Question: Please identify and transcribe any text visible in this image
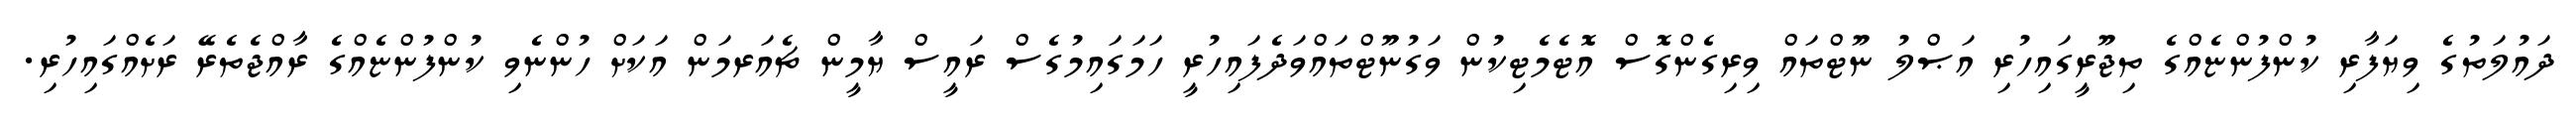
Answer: ދައުލަތުގެ ވިޔަފާރި ކުންފުންޏެއްގެ ތިޖޫރީގައިހުރި އަޞްލު ނޫޓްތައް ވިރިގެންގޮސް އޮޓެމެޓިކުން ވަގުނޫޓްތައްވަދެފައިހުރީ ހަމަގައިމުގެސް ރައީސް ޔާމީން ޗެއަރމަން އަކަށް ހުންނެވި ކުންފުންޏެއްގެ ރާއްޖެތެރޭ ރަށެއްގައިހުރި.